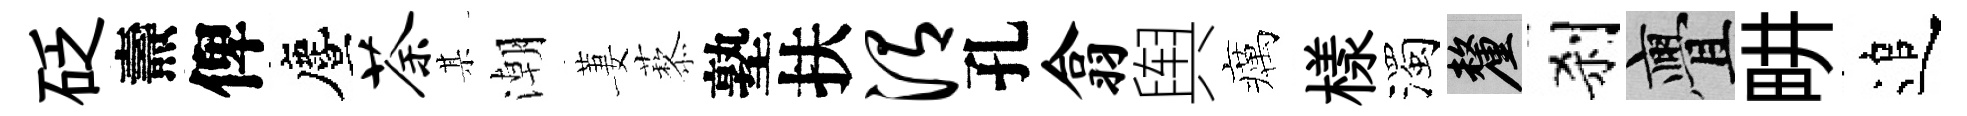
砭燾俾󵨌荼某潮萋藜塾扶渭孔翕舆癘樣濁厘刹亹畊追